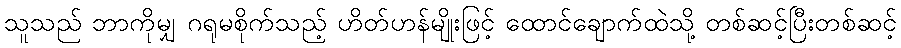
သူသည် ဘာကိုမျှ ဂရုမစိုက်သည့် ဟိတ်ဟန်မျိုးဖြင့် ထောင်ချောက်ထဲသို့ တစ်ဆင့်ပြီးတစ်ဆင့်